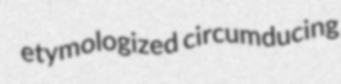
etymologized circumducing